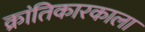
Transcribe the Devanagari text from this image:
क्रांतिकारकाला